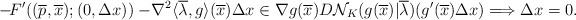
LaTeX: \begin{align*} -\!F'((\overline{p},\overline{x});(0,\Delta x)) -\!\nabla^2\langle \overline{\lambda},g\rangle(\overline{x})\Delta x \in\nabla g(\overline{x})D\mathcal{N}_{K}(g(\overline{x})|\overline{\lambda})(g'(\overline{x})\Delta x) \Longrightarrow \Delta x=0. \end{align*}